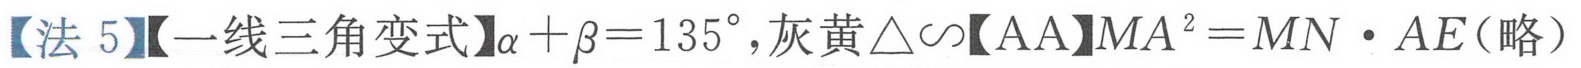
【法5】【一线三角变式】\(\alpha+\beta = 135^{\circ}\)，灰黄\(\triangle\sim\)【AA】\(MA^{2}=MN\cdot AE\)（略）